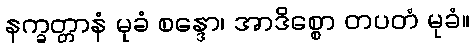
နက္ခတ္တာနံ မုခံ စန္ဒော၊ အာဒိစ္စော တပတံ မုခံ။